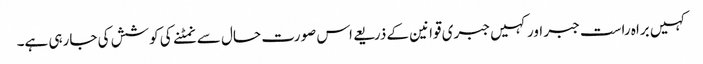
کہیں براہ راست جبر اور کہیں جبری قوانین کے ذریعے اس صورت حال سے نمٹنے کی کوشش کی جارہی ہے۔